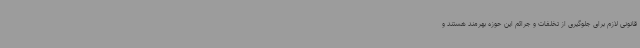
قانونی لازم برای جلوگیری از تخلفات و جرائم این حوزه بهرمند هستند و